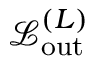
\mathcal { L } _ { \mathrm { o u t } } ^ { ( L ) }